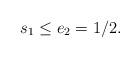
LaTeX: \begin{align*} s_1 \leq e_2 = 1/2. \end{align*}